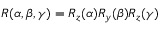
R ( \alpha , \beta , \gamma ) = R _ { z } ( \alpha ) R _ { y } ( \beta ) R _ { z } ( \gamma )